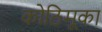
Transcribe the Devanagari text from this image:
कोठिमूका